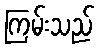
ကြမ်းသည်